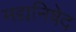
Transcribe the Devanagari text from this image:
मद्यनिषेद